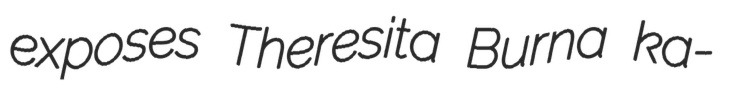
exposes Theresita Burna ka-